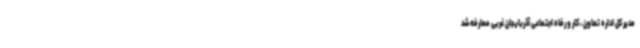
مدیر کل اداره تعاون ، کار و رفاه اجتماعی آذربایجان غربی معارفه شد